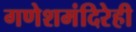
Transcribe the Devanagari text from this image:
गणेशमंदिरेही